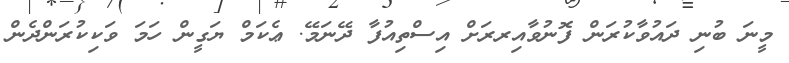
މީނަ ބުނި ދައުވާކުރަން ފޮނުވާއިރރަށް އިސްތިއުފާ ދޭނަމޭ. ޢެކަމް ޔަގީން ހަމަ ވަކިކުރަންދެން